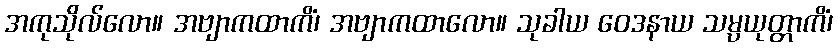
အကုသိုလ်လော။ အဗျာကထာကိံ၊ အဗျာကထာလော။ သုခါယ ဝေဒနာယ သမ္ပယုတ္တာကိံ၊